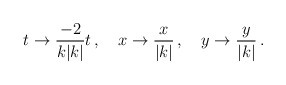
\begin{align*}t \to {\frac {-2} {k|k|}}t \, , \, \, \, \, \, \, x \to {\frac {x} {|k|}}\, , \, \, \, \, \, \, y \to {\frac {y} {|k|}}\, .\end{align*}